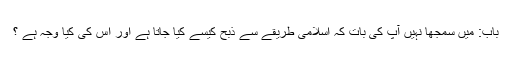
باب: میں سمجھا نہیں آپ کی بات کہ اسلامی طریقے سے ذبح کیسے کیا جاتا ہے اور اس کی کیا وجہ ہے ؟